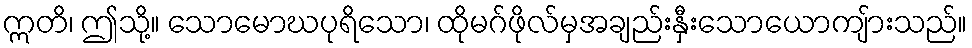
ဣတိ၊ ဤသို့။ သောမောဃပုရိသော၊ ထိုမဂ်ဖိုလ်မှအချည်းနှီးသောယောကျ်ားသည်။